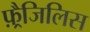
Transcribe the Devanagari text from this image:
फ़्रैजिलिस